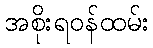
အစိုးရဝန်ထမ်း